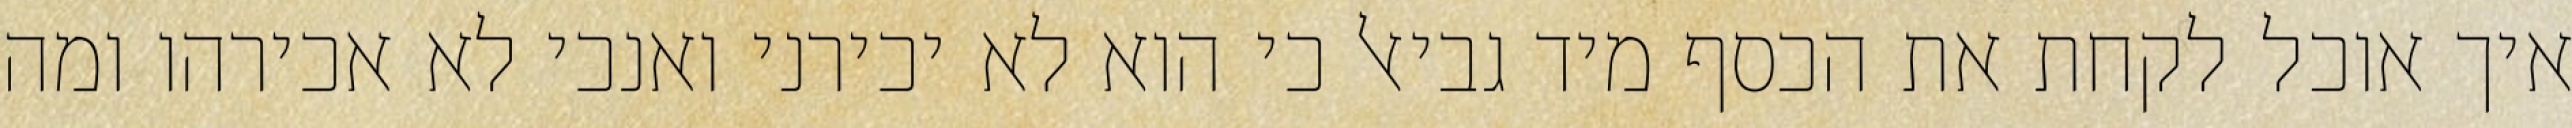
איך אוכל לקחת את הכסף מיד גביאל כי הוא לא יכירני ואנכי לא אכירהו ומה